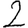
Digit: 2